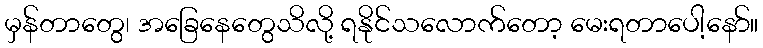
မှန်တာတွေ၊ အခြေနေတွေသိလို့ ရနိုင်သလောက်တော့ မေးရတာပေါ့နော်။